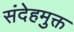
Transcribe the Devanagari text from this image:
संदेहमुक्त